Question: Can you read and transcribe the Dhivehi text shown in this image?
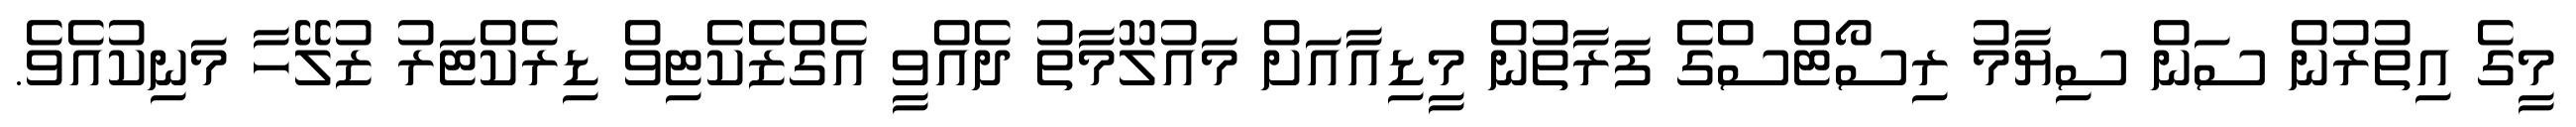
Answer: މީގެ އިތުރުން ސަން ސިޔާމު ރިސޯޓްސްގެ ފަރާތުން މީޑިއާއަށް މައުލޫމާތު ދެއްވީ އެގްޒެކެޓިވް ޑިރެކްޓަރު ޒުލޭހާ މަނިކުއެވެ.